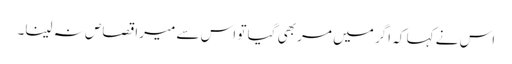
اس نے کہا کہ اگر میں مر بھی گیا تو اس سے میرا قصاص نہ لینا۔